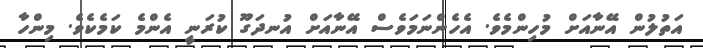
އަތުލުން އޭނާއަށް މުހިންމެވެ. އެހެންނަމަވެސް އޭނާއަށް އުނދަގޫ ކުރަނީ އެންމެ ކަމެކެވެ. މިންހާ